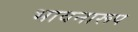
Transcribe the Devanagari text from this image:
भावनारूप